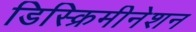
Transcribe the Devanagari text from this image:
डिस्क्रिमीनेशन